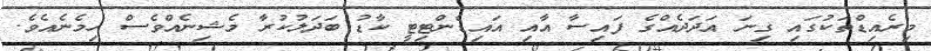
މިރެއިޑްތަކުގައި ގިނަ އަދަދެއްގެ ފައިސާ އާއި އައިޑެންޓިޓީ ކާޑު ބަދަލުކުރާ މެޝިނެއްވެސް ހިމެނެއެވެ.